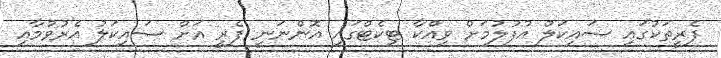
ފެރީތަކުގައި ސައިކަލް އުފުލުމަށް ވިއްކާ ޓިކެޓްގައި އޮންނަނީ ފެރީ އަށް ސައިކަލު އެރުވުމާއި